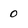
Character: 0